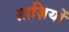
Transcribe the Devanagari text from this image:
ग़ाज़ियों